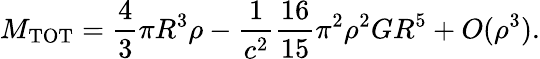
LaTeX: M_{\mathrm{TOT}}=\frac{4}{3}\pi R^{3}\rho-\frac{1}{c^{2}}\frac{16}{15}\pi^{2}\rho^{2}GR^{5}+O(\rho^{3}).